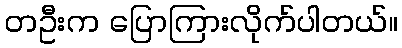
တဦးက ပြောကြားလိုက်ပါတယ်။